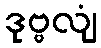
ဒုဗ္ဗလျံ